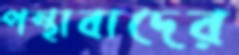
পন্থাবাদের